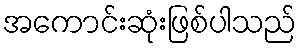
အကောင်းဆုံးဖြစ်ပါသည်